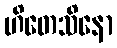
ဟိတေသိနော